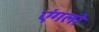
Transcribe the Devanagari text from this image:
एंगलो